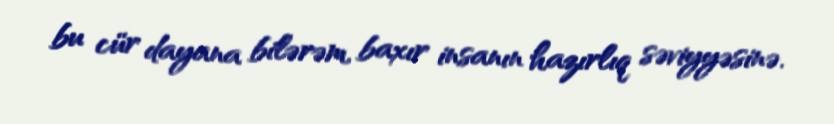
bu cür dayana bilərəm, baxır insanın hazırlıq səviyyəsinə.